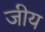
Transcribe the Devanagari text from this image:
जीय